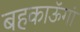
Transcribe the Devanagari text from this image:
बहकाऊॅगां